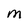
Character: M